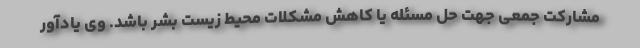
مشارکت جمعی جهت حل مسئله یا کاهش مشکلات محیط زیست بشر باشد. وی یادآور